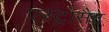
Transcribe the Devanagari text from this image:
एस्ट्रोसैट